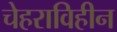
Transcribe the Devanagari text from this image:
चेहराविहीन